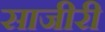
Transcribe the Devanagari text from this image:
साजीरी